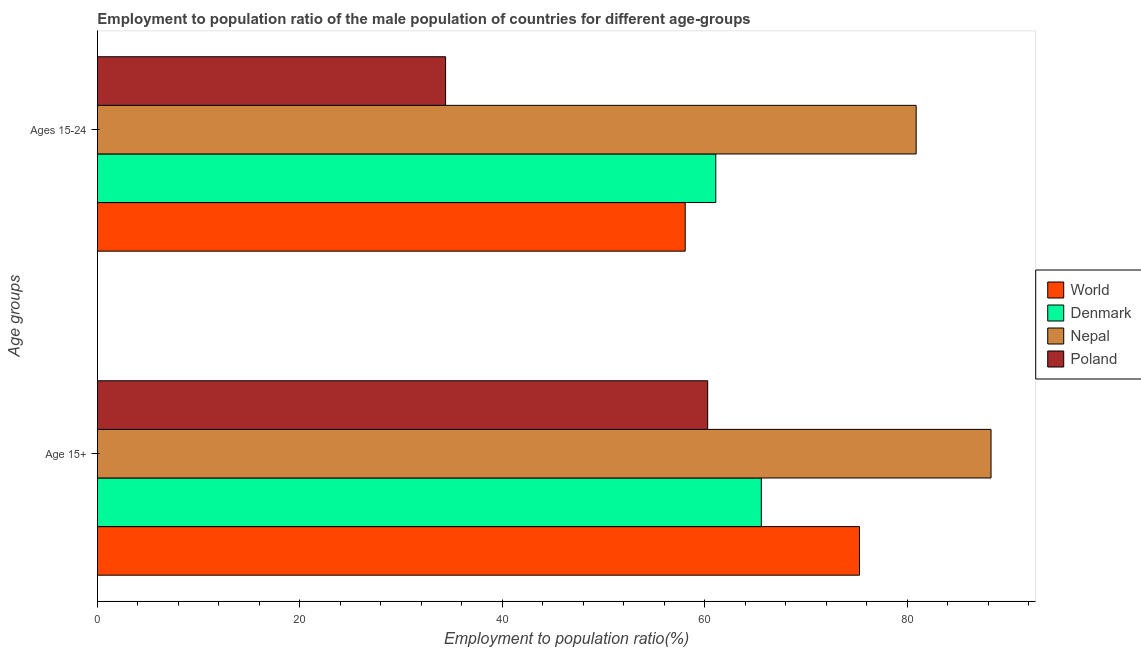
| Age groups | World | Denmark | Nepal | Poland |
 | --- | --- | --- | --- | --- |
 | Age 15+ | 75.3 | 65.6 | 88.3 | 60.3 |
 | Ages 15-24 | 58.1 | 61.1 | 80.9 | 34.4 |